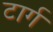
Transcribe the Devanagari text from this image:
टार्ग